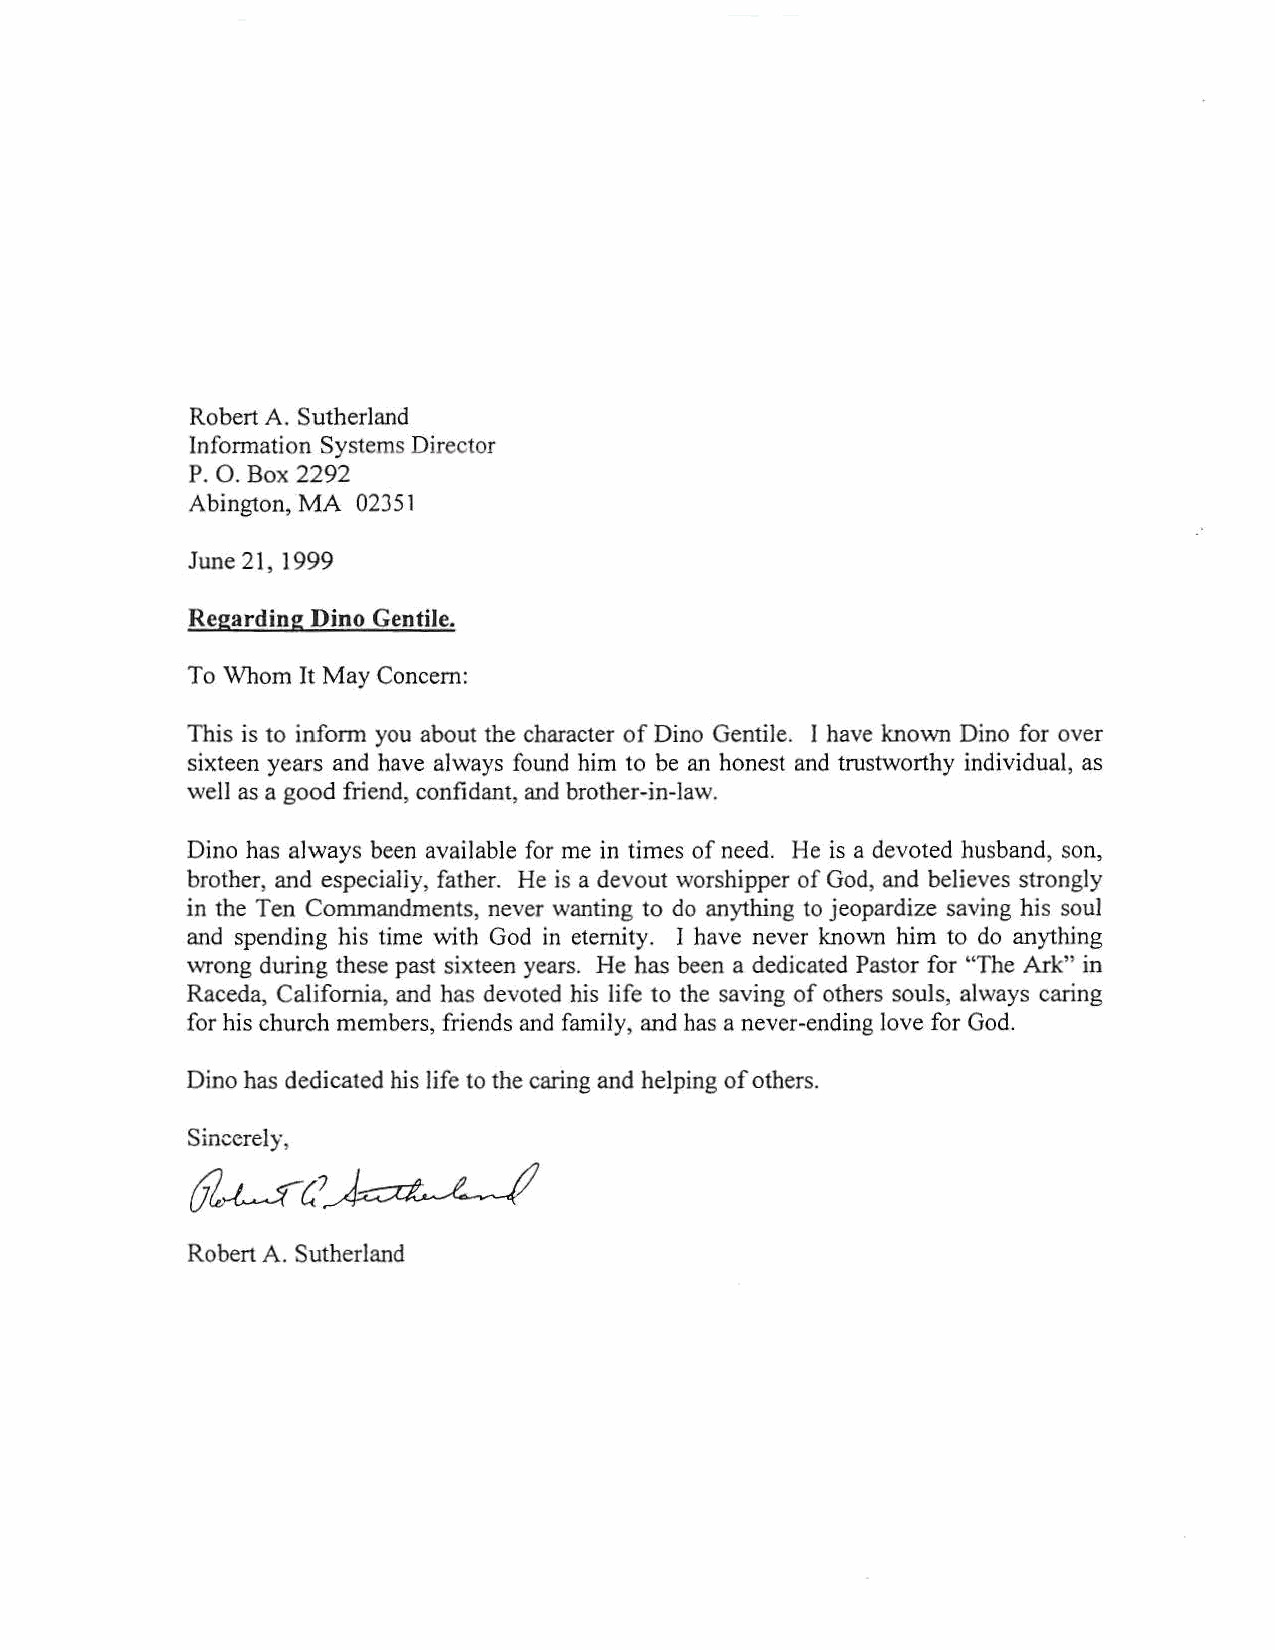
Robert A. Sutherland
 Information Systems Director
 P. 0. Box 2292
 Abington, MA 02351
 June21, 1999
 Regarding Dino Gentile.
 To Whom It May Concern:
 This is to inform you about the character of Dine Gentile. I have known Dine for over
 sixteen years and have always found him to be an honest and trustworthy individual, as
 well as a good friend, confidant, and brother-in-law.
 Dine has always been available for me in times of need. He is a devoted husband, son,
 brother, and especially, father. He is a devout worshipper of God, and believes strongly
 in the Ten Commandments, never wanting to do anything to jeopardize saving his soul
 and spending his time with God in eternity. I have never known him to do anything
 wrong during these past sixteen years. He has been a dedicated Pastor for "The Ark" in
 Raceda, California, and has devoted his life to the saving of others souls, always caring
 for his church members, friends and family, and has a never-ending love for God.
 Dine has dedicated his life to the caring and helping of others.
 Sincerely,
 Robert A. Sutherland